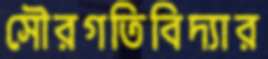
সৌরগতিবিদ্যার